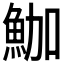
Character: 𩶛